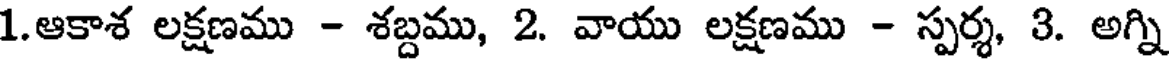
1.ఆకాశ లక్షణము - శబ్దము, 2. వాయు లక్షణము - స్పర్శ, 3. అగ్ని